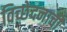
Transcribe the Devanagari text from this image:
विच्छेदनाची